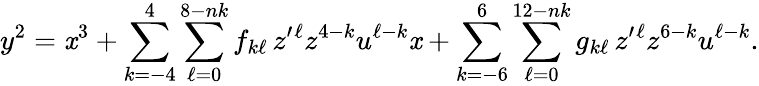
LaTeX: y^{2}=\mathit{x}^{3}+\sum_{k=-4}^{4}\sum_{\ell=0}^{8-nk}f_{k\ell}\, z^{\prime}{}^{\ell}z^{4-k}u^{\ell-k}\mathit{x}+\sum_{k=-6}^{6}\sum_{\ell=0}^{12-nk}g_{k\ell}\, z^{\prime}{}^{\ell}z^{6-k}u^{\ell-k}.